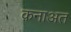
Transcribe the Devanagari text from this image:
क़नाअत